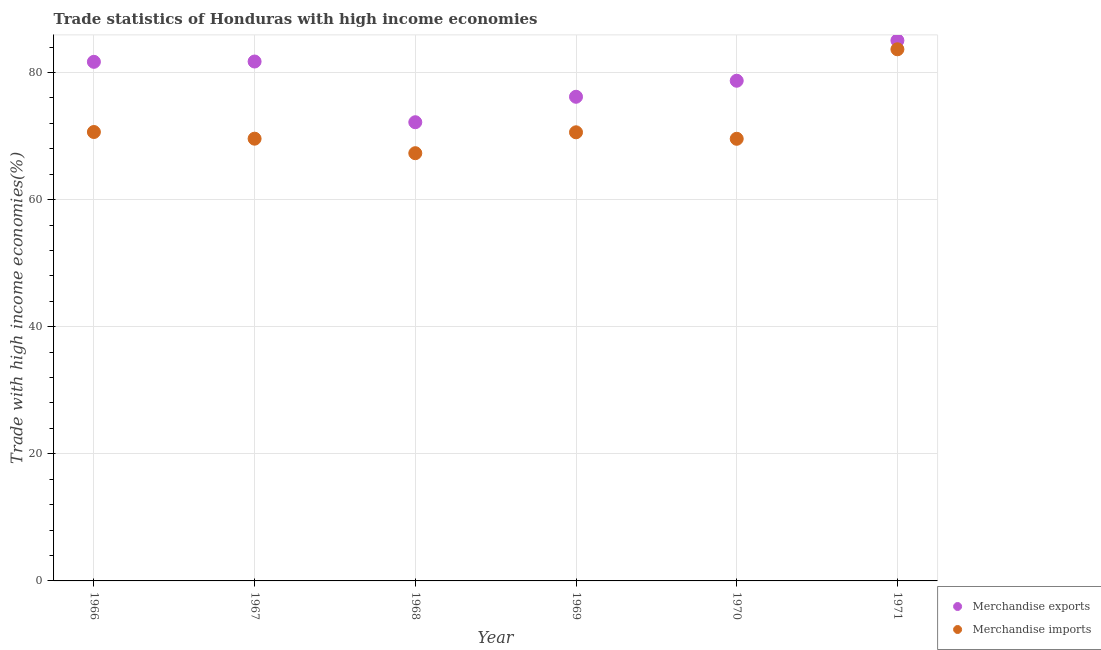
| Year | Merchandise exports | Merchandise imports |
 | --- | --- | --- |
 | 1966 | 81.7 | 70.6 |
 | 1967 | 81.7 | 69.6 |
 | 1968 | 72.2 | 67.3 |
 | 1969 | 76.2 | 70.6 |
 | 1970 | 78.7 | 69.6 |
 | 1971 | 85 | 83.7 |